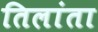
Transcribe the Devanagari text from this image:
तिलांता